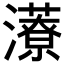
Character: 𱪁